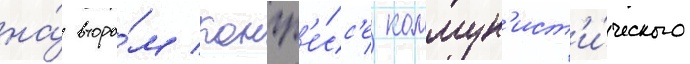
на́ второ́м конгр'е́сс'е коммун'ист'и́ческого